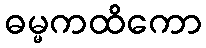
ဓမ္မကထိကော